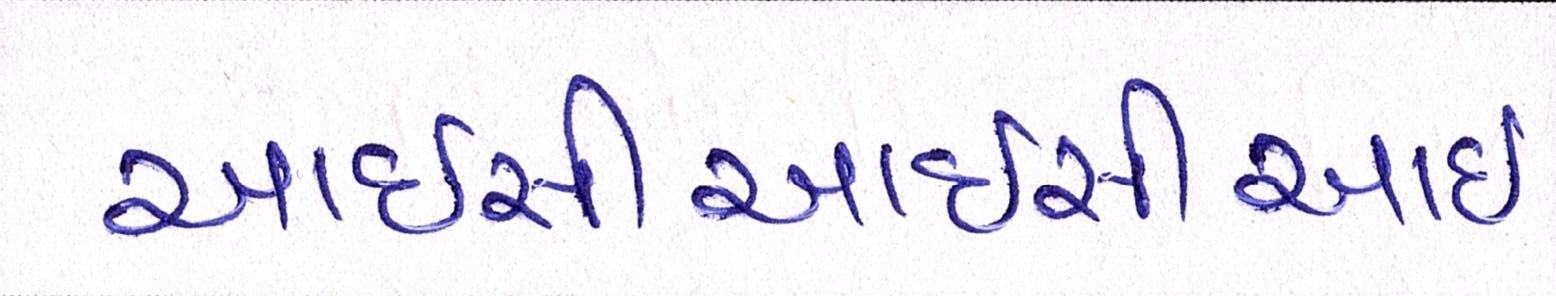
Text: આઇસીઆઇસીઆઇ